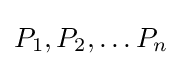
P_{1},P_{2},\dots P_{n}